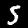
Label: 5